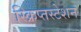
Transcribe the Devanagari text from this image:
स्क्रिप्तस्टेशन